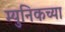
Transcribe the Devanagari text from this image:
म्युनिकच्या